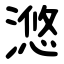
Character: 滺